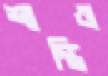
শান্তিও